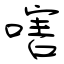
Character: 嗐